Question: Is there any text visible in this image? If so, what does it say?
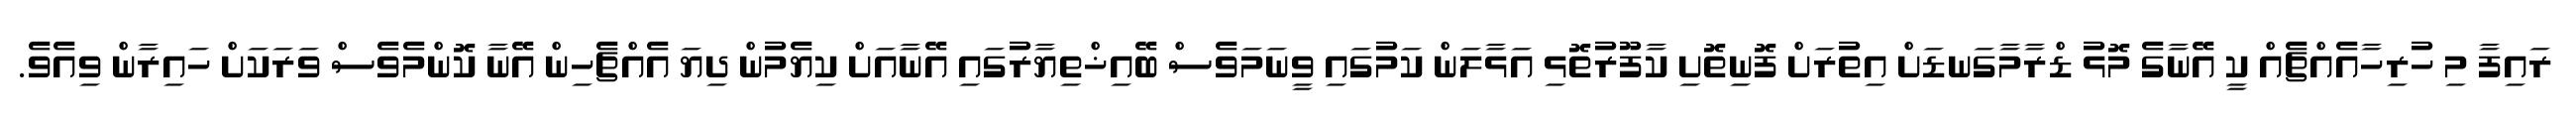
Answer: ރައިފާ މި ހުރިހާއެއްޗެއް ކީ އޭނާގެ މޮޅު ޑްރާމާގަނޑަށް އިތުރަށް ފޮނިތޮށި ކާފޫރުތޮޅި އަޅާލަން ކަމުގައި ވީނަމަވެސް ބޭއިޚްތިޔާރުގައި އޭނާއަށް ކިޔެމުން ދިޔަ އެއްޗެހިން އޭނާ ކޮންމެވެސް ވަރަކަށް ހައިރާން ވިއެވެ.